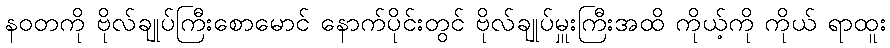
နဝတကို ဗိုလ်ချုပ်ကြီးစောမောင် နောက်ပိုင်းတွင် ဗိုလ်ချုပ်မှူးကြီးအထိ ကိုယ့်ကို ကိုယ် ရာထူး